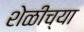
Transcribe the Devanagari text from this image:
शेळीच्या